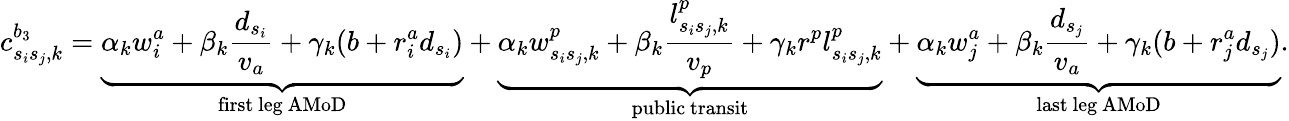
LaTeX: c_{s_{i}s_{j},k}^{b_{3}}=\underbrace{\alpha_{k}w_{i}^{a}+\beta_{k}\frac{d_{s_{i}}}{v_{a}}+\gamma_{k}(b+r_{i}^{a}d_{s_{i}})}_{\mathrm{first~leg~AMoD}}+\underbrace{\alpha_{k}w_{s_{i}s_{j},k}^{p}+\beta_{k}\frac{l_{s_{i}s_{j},k}^{p}}{v_{p}}+\gamma_{k}r^{p}l_{s_{i}s_{j},k}^{p}}_{\mathrm{public~transit}}+\underbrace{\alpha_{k}w_{j}^{a}+\beta_{k}\frac{d_{s_{j}}}{v_{a}}+\gamma_{k}(b+r_{j}^{a}d_{s_{j}})}_{\mathrm{last~leg~AMoD}}.